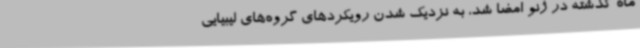
ماه گذشته در ژنو امضا شد، به نزدیک شدن رویکردهای گروه‌های لیبیایی